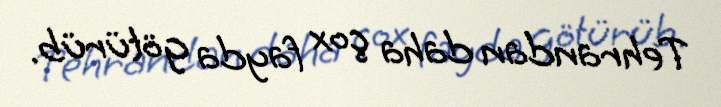
Tehrandan daha çox fayda götürüb.